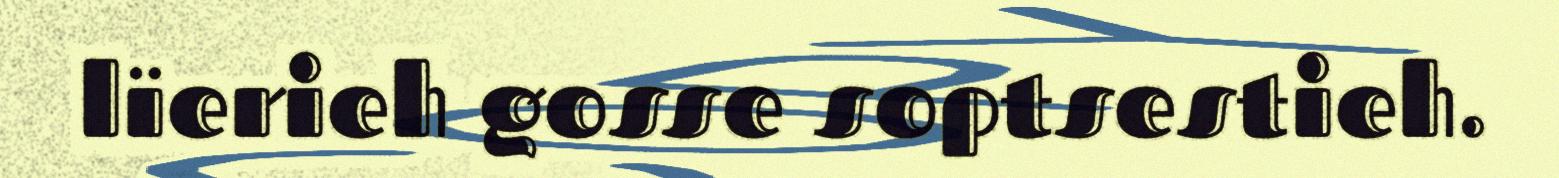
lïerieh gosse soptsestieh.